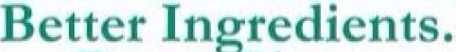
Better Ingredients.